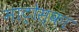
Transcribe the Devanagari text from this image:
माट्रोस्का